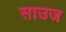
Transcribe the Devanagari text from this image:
साउज